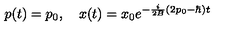
p ( t ) = p _ { 0 } , \quad x ( t ) = x _ { 0 } e ^ { - { \frac { i } { 2 B } } ( 2 p _ { 0 } - \hbar ) t }